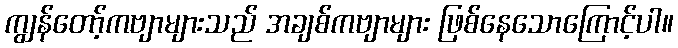
ကျွန်တော့်ကဗျာများသည် အချစ်ကဗျာများ ဖြစ်နေသောကြောင့်ပါ။